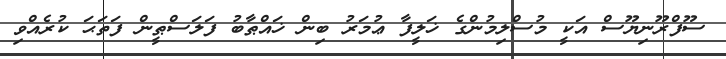
ސޫފްރޫނިޔޫސް އަކީ މުސްލިމުންގެ ޚަލީފާ ޢުމަރު ބިން ޚައްޠާބު ފަލަސްޠީން ފަތަޙަ ކުރެއްވި